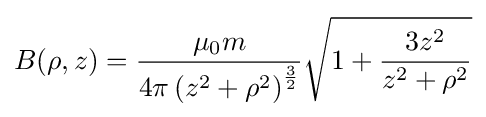
B(\rho ,z)={\frac {\mu _{0}m}{4\pi \left(z^{2}+\rho ^{2}\right)^{\frac {3}{2}}}}{\sqrt {1+{\frac {3z^{2}}{z^{2}+\rho ^{2}}}}}